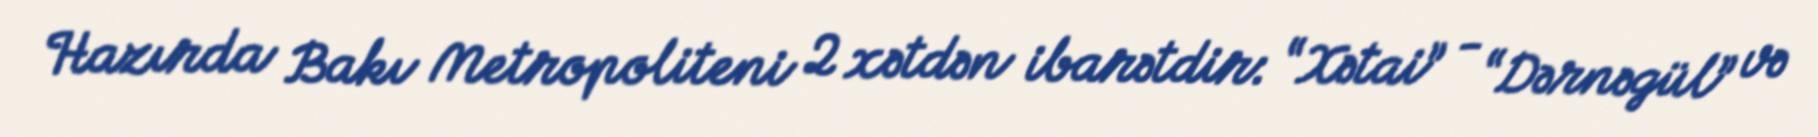
Hazırda Bakı Metropoliteni 2 xətdən ibarətdir: “Xətai” - “Dərnəgül” və